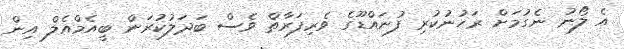
އެ ލޯނު ނެގުމަށް ރަހުނުކުރި ފުނައްޑޫގެ ވެރިފަރާތް ވެސް ބަދަލުކުރަން ބީއެމްއެލް އިން